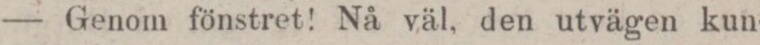
— Genom fönstret! Nå väl, den utvägen kun-